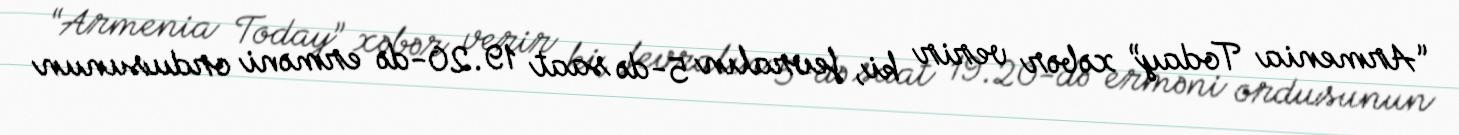
“Armenia Today” xəbər verir ki, fevralın 5-də saat 19.20-də erməni ordusunun